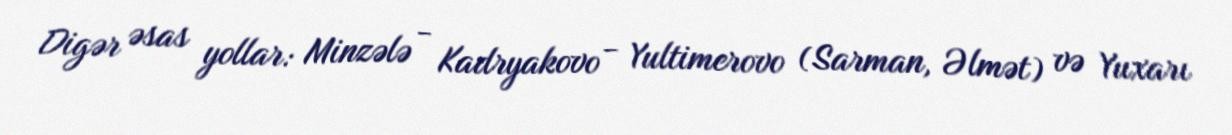
Digər əsas yollar: Minzələ - Kadryakovo - Yultimerovo (Sarman, Əlmət) və Yuxarı